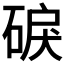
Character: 𥓎